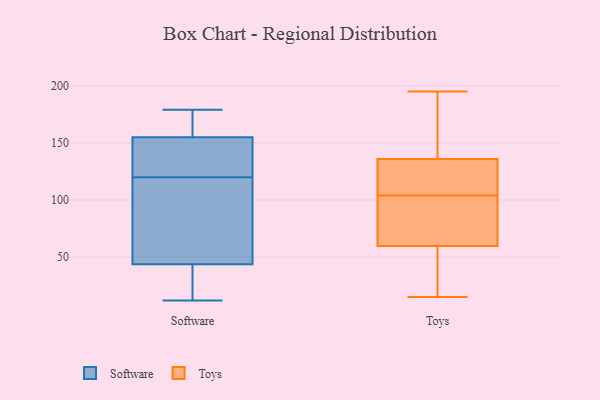
{"axis": {"x": "Active Users", "y": "Value"}, "legend": ["Software", "Toys"], "data": [{"x": "", "y": 179, "type": "Software"}, {"x": "", "y": 173, "type": "Software"}, {"x": "", "y": 98, "type": "Software"}, {"x": "", "y": 149, "type": "Software"}, {"x": "", "y": 19, "type": "Software"}, {"x": "", "y": 37, "type": "Software"}, {"x": "", "y": 120, "type": "Software"}, {"x": "", "y": 96, "type": "Software"}, {"x": "", "y": 155, "type": "Software"}, {"x": "", "y": 174, "type": "Software"}, {"x": "", "y": 64, "type": "Software"}, {"x": "", "y": 133, "type": "Software"}, {"x": "", "y": 30, "type": "Software"}, {"x": "", "y": 12, "type": "Software"}, {"x": "", "y": 155, "type": "Software"}, {"x": "", "y": 114, "type": "Toys"}, {"x": "", "y": 42, "type": "Toys"}, {"x": "", "y": 104, "type": "Toys"}, {"x": "", "y": 65, "type": "Toys"}, {"x": "", "y": 195, "type": "Toys"}, {"x": "", "y": 79, "type": "Toys"}, {"x": "", "y": 108, "type": "Toys"}, {"x": "", "y": 138, "type": "Toys"}, {"x": "", "y": 42, "type": "Toys"}, {"x": "", "y": 58, "type": "Toys"}, {"x": "", "y": 41, "type": "Toys"}, {"x": "", "y": 147, "type": "Toys"}, {"x": "", "y": 89, "type": "Toys"}, {"x": "", "y": 119, "type": "Toys"}, {"x": "", "y": 151, "type": "Toys"}, {"x": "", "y": 153, "type": "Toys"}, {"x": "", "y": 15, "type": "Toys"}, {"x": "", "y": 130, "type": "Toys"}, {"x": "", "y": 86, "type": "Toys"}]}